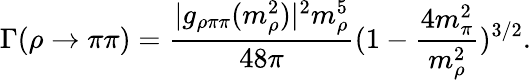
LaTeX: \Gamma(\rho\rightarrow\pi\pi)=\frac{|g_{\rho\pi\pi}(m_{\rho}^{2})|^{2}m_{\rho}^{5}}{48\pi}(1-\frac{4m_{\pi}^{2}}{m_{\rho}^{2}})^{3/2}.